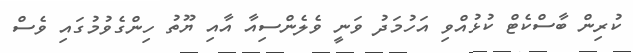
ކުރިން ބާސްކެޓް ކުޅުއްވި އަހުމަދު ވަނީ ވެލެންސިއާ އާއި ޔޫތު ހިންގެވުމުގައި ވެސް